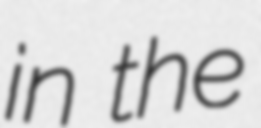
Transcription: in the